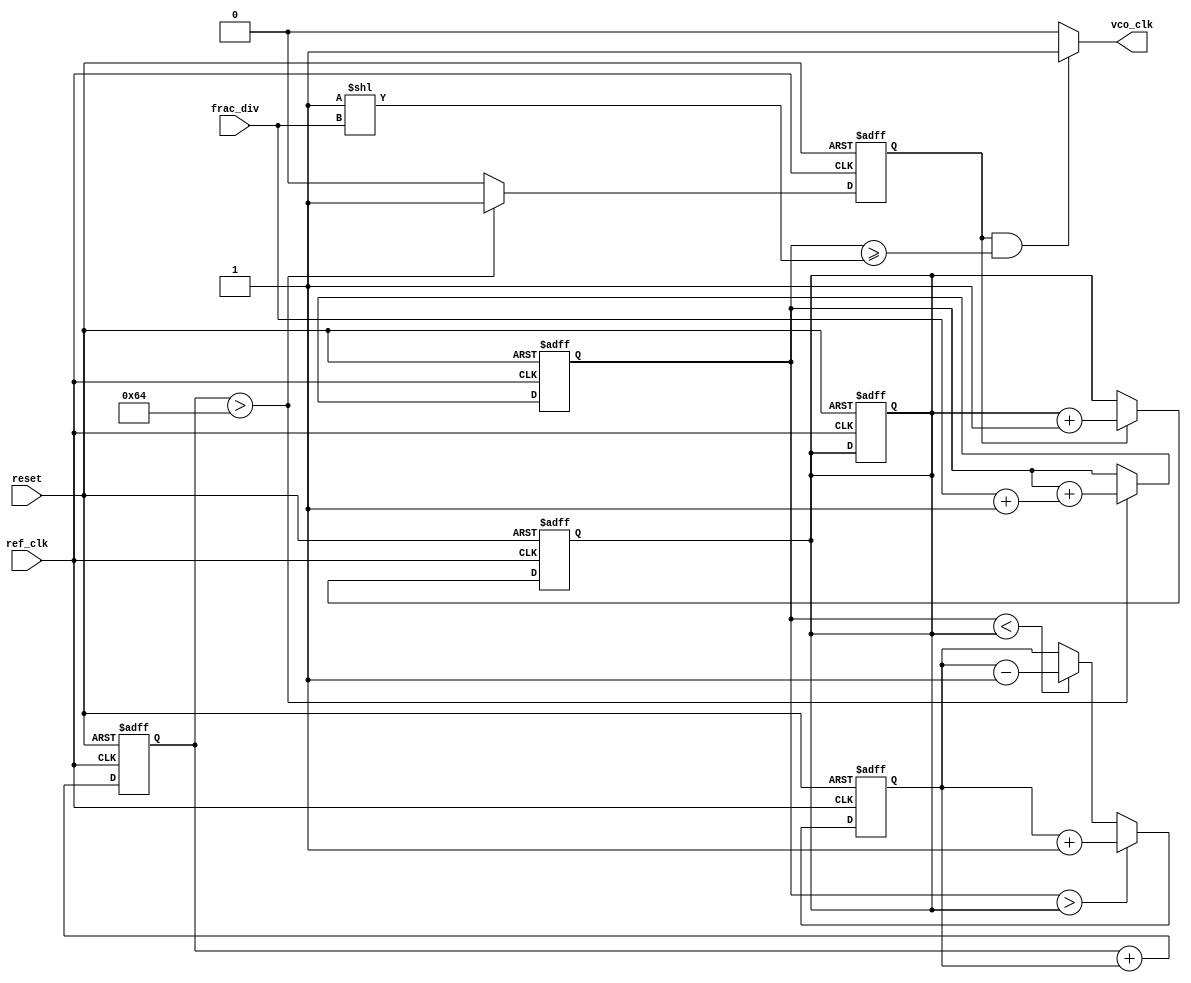
module fractional_pll (
    input wire ref_clk,            // Reference Clock Input
    input wire reset,              // Reset Signal
    input wire [15:0] frac_div,    // Fractional Division Ratio
    output wire vco_clk            // VCO Output Clock
);

    // Internal signals
    reg [31:0] phase_error;        // Phase error signal
    reg [31:0] control_voltage;     // Control voltage for VCO
    reg [31:0] vco_counter;         // VCO counter
    reg [31:0] feedback_counter;    // Feedback counter
    reg vco_enable;                 // VCO enable signal

    // Phase Detector (PD)
    always @(posedge ref_clk or posedge reset) begin
        if (reset) begin
            phase_error <= 0;
        end else begin
            // Compare reference clock with feedback clock
            if (vco_counter > feedback_counter) begin
                phase_error <= phase_error + 1; // Output leading
            end else if (vco_counter < feedback_counter) begin
                phase_error <= phase_error - 1; // Output lagging
            end
        end
    end

    // Loop Filter (simple first-order)
    always @(posedge ref_clk or posedge reset) begin
        if (reset) begin
            control_voltage <= 0;
        end else begin
            control_voltage <= control_voltage + phase_error; // Integrate phase error
        end
    end

    // Voltage-Controlled Oscillator (VCO)
    always @(posedge ref_clk or posedge reset) begin
        if (reset) begin
            vco_counter <= 0;
            feedback_counter <= 0;
            vco_enable <= 0;
        end else begin
            // Adjust VCO frequency based on control voltage
            if (control_voltage > 100) begin
                vco_enable <= 1; // Enable VCO
                vco_counter <= vco_counter + (frac_div + 1); // Adjust frequency
            end else begin
                vco_enable <= 0; // Disable VCO
            end
        end
    end

    // Feedback Path
    always @(posedge ref_clk or posedge reset) begin
        if (reset) begin
            feedback_counter <= 0;
        end else if (vco_enable) begin
            feedback_counter <= feedback_counter + 1; // Feedback from VCO
        end
    end

    // Generate VCO Output Clock
    assign vco_clk = (vco_enable && (vco_counter >= (1 << frac_div))) ? 1'b1 : 1'b0;

endmodule